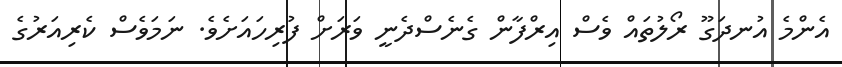
އެންމެ އުނދަގޫ ރޯލުތައް ވެސް އިރްފާން ގެނެސްދެނީ ވަރަށް ފުރިހައަށެވެ. ނަމަވެސް ކެރިއަރުގެ